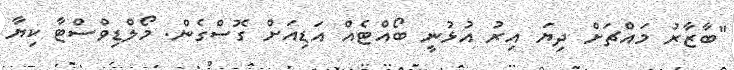
"ބާޒާރު މައްޗަށް ދިޔަ އިރު އުޅުނީ ބޯއްޓެއް އަޑިއަށް ގޮސްގެން. މޯލްޑިވްސްޓާ ކިޔާ